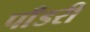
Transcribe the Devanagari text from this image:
पाँडरी